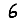
Digit: 6